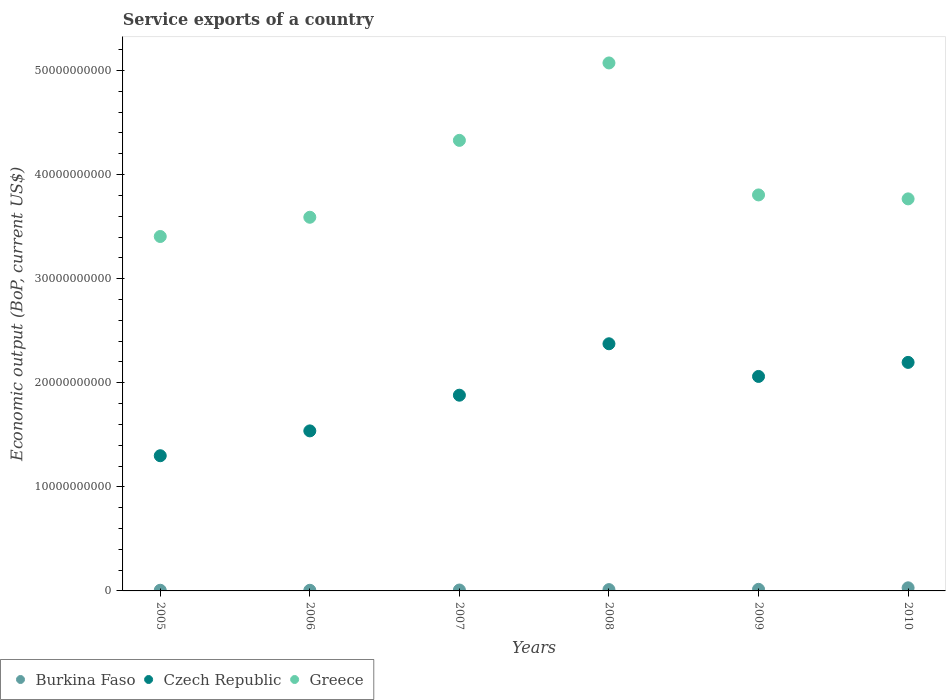
| Years | Burkina Faso | Czech Republic | Greece |
 | --- | --- | --- | --- |
 | 2005 | 6.43e+07 | 1.3e+10 | 3.41e+10 |
 | 2006 | 6.05e+07 | 1.54e+10 | 3.59e+10 |
 | 2007 | 8.58e+07 | 1.88e+10 | 4.33e+10 |
 | 2008 | 1.26e+08 | 2.37e+10 | 5.07e+10 |
 | 2009 | 1.53e+08 | 2.06e+10 | 3.8e+10 |
 | 2010 | 2.98e+08 | 2.2e+10 | 3.77e+10 |